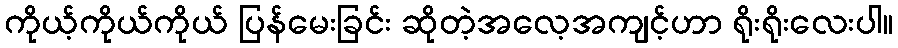
ကိုယ့်ကိုယ်ကိုယ် ပြန်မေးခြင်း ဆိုတဲ့အလေ့အကျင့်ဟာ ရိုးရိုးလေးပါ။